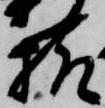
様